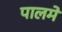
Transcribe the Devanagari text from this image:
पालमे